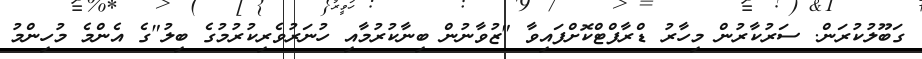
ގަބޫލުކުރަން. ސަރުކާރުން މިހާރު ޑްރާފްޓްކޮށްފައިވާ "ޒުވާނުން ބިނާކުރުމާއި ހުނަރުވެރިކުރުމުގެ ބިލު"ގެ އެންމެ މުހިންމު